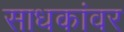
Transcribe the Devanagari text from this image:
साधकांवर